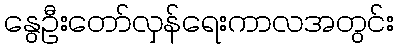
နွေဦးတော်လှန်ရေးကာလအတွင်း